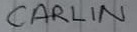
Text: CARLIN